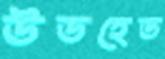
উডহেড